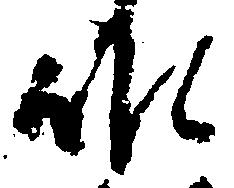
候